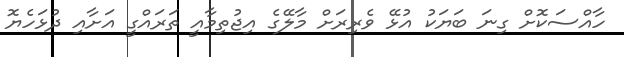
ހާއްސަކޮށް ގިނަ ބަޔަކު އުޅޭ ވެރިރަށް މާލޭގެ އިޖުތިމާއީ ތަރައްގީ އަށާއި ދުޅަހެޔޮ